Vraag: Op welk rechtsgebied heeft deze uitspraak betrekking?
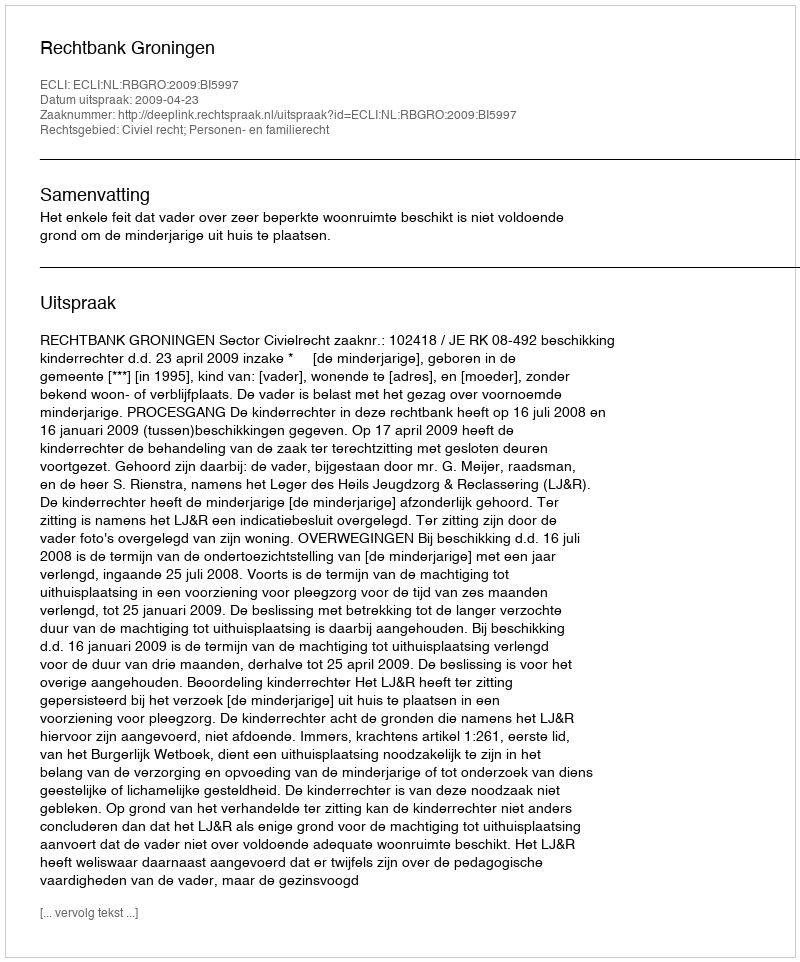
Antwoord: Civiel recht; Personen- en familierecht